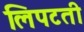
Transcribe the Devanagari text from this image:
लिपटती